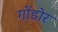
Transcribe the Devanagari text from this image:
गोंडोर